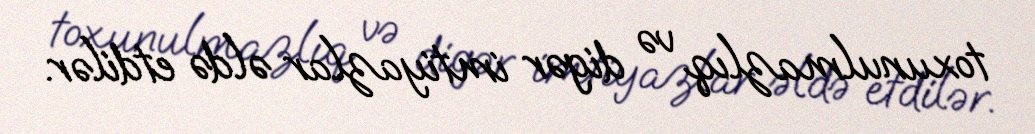
toxunulmazlıq və digər imtiyazlar əldə etdilər.